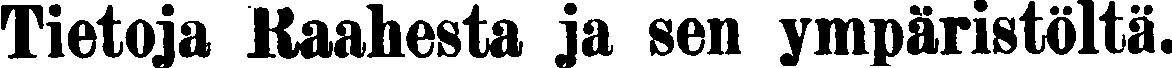
Tietoja Raahesta ja sen ympäristöltä.